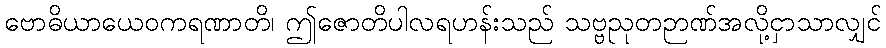
ဗောဓိယာယေဝကရဏာတိ၊ ဤဇောတိပါလရဟန်းသည် သဗ္ဗညုတဉာဏ်အလို့ငှာသာလျှင်